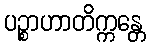
ပဉ္စာဟာတိက္ကန္တေ